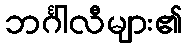
ဘင်္ဂါလီများ၏